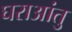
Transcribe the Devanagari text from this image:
घराआंतु